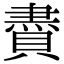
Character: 賮